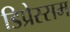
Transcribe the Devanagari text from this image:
डिप्रेस्सम